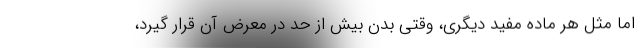
اما مثل هر ماده مفید دیگری، وقتی بدن بیش از حد در معرض آن قرار گیرد،